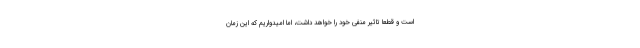
است و قطعا تاثیر منفی خود را خواهد داشت، اما امیدواریم که این زمان